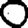
Digit: 0